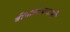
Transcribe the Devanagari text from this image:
बीनालाकवामी